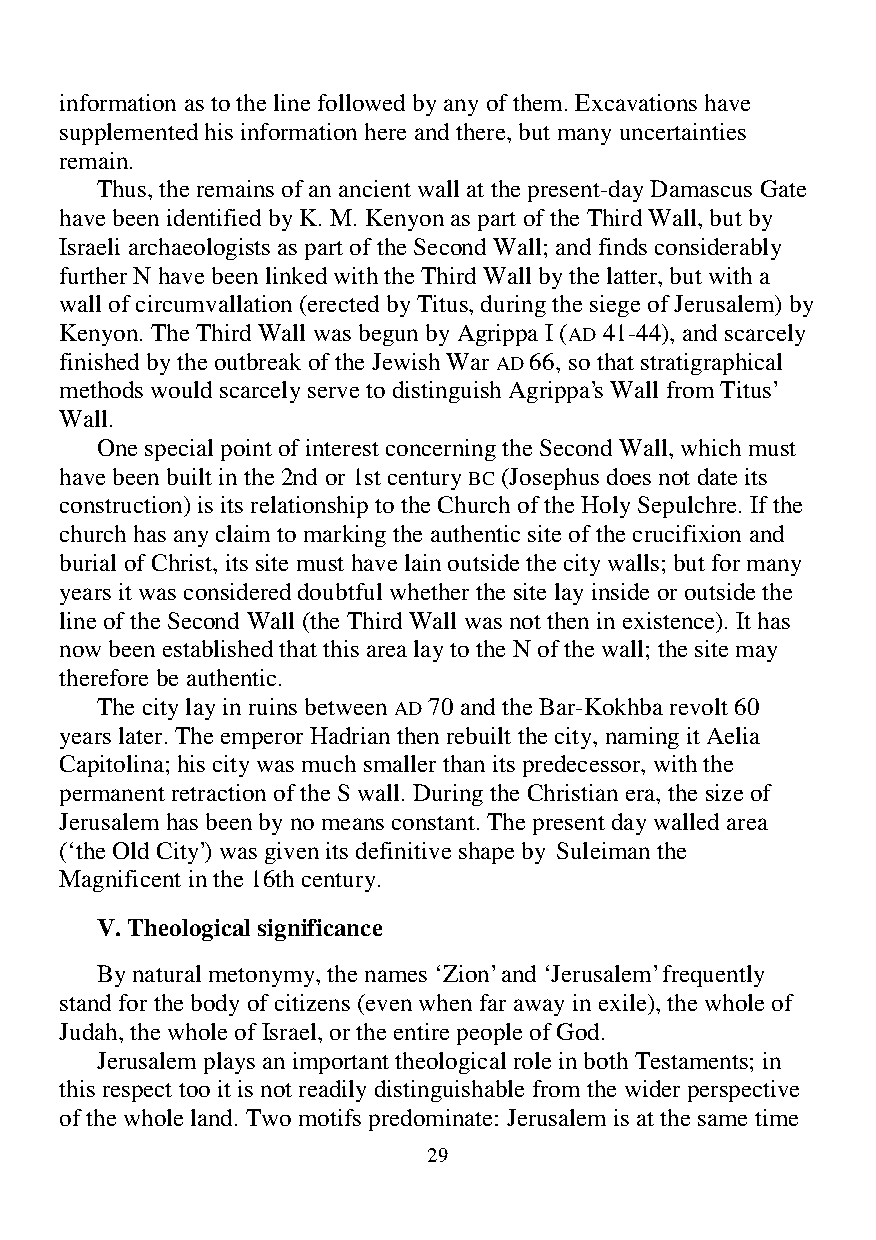
information as to the line followed by any of them. Excavations have
 supplemented his information here and there, but many uncertainties
 remain.
 Thus, the remains of an ancient wall at the present-day Damascus Gate
 have been identified by K. M. Kenyon as part of the Third Wall, but by
 Israeli archaeologists as part of the Second Wall; and finds considerably
 further N have been linked with the Third Wall by the latter, but with a
 wall of circumvallation (erected by Titus, during the siege of Jerusalem) by
 Kenyon. The Third Wall was begun by Agrippa I (AD 41-44), and scarcely
 finished by the outbreak of the Jewish War AD 66, so that stratigraphical
 methods would scarcely serve to distinguish Agrippa’s Wall from Titus’
 Wall.
 One special point of interest concerning the Second Wall, which must
 have been built in the 2nd or 1st century BC (Josephus does not date its
 construction) is its relationship to the Church of the Holy Sepulchre. If the
 church has any claim to marking the authentic site of the crucifixion and
 burial of Christ, its site must have lain outside the city walls; but for many
 years it was considered doubtful whether the site lay inside or outside the
 line of the Second Wall (the Third Wall was not then in existence). It has
 now been established that this area lay to the N of the wall; the site may
 therefore be authentic.
 The city lay in ruins between AD 70 and the Bar-Kokhba revolt 60
 years later. The emperor Hadrian then rebuilt the city, naming it Aelia
 Capitolina; his city was much smaller than its predecessor, with the
 permanent retraction of the S wall. During the Christian era, the size of
 Jerusalem has been by no means constant. The present day walled area
 (‘the Old City’) was given its definitive shape by Suleiman the
 Magnificent in the 16th century.
 V. Theological significance
 By natural metonymy, the names ‘Zion’ and ‘Jerusalem’ frequently
 stand for the body of citizens (even when far away in exile), the whole of
 Judah, the whole of Israel, or the entire people of God.
 Jerusalem plays an important theological role in both Testaments; in
 this respect too it is not readily distinguishable from the wider perspective
 of the whole land. Two motifs predominate: Jerusalem is at the same time
 29